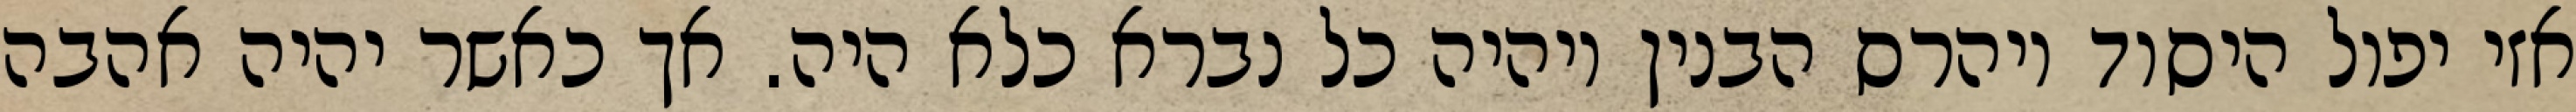
אזי יפול היסוד ויהרס הבנין ויהיה כל נברא כלא היה. אך כאשר יהיה אהבה